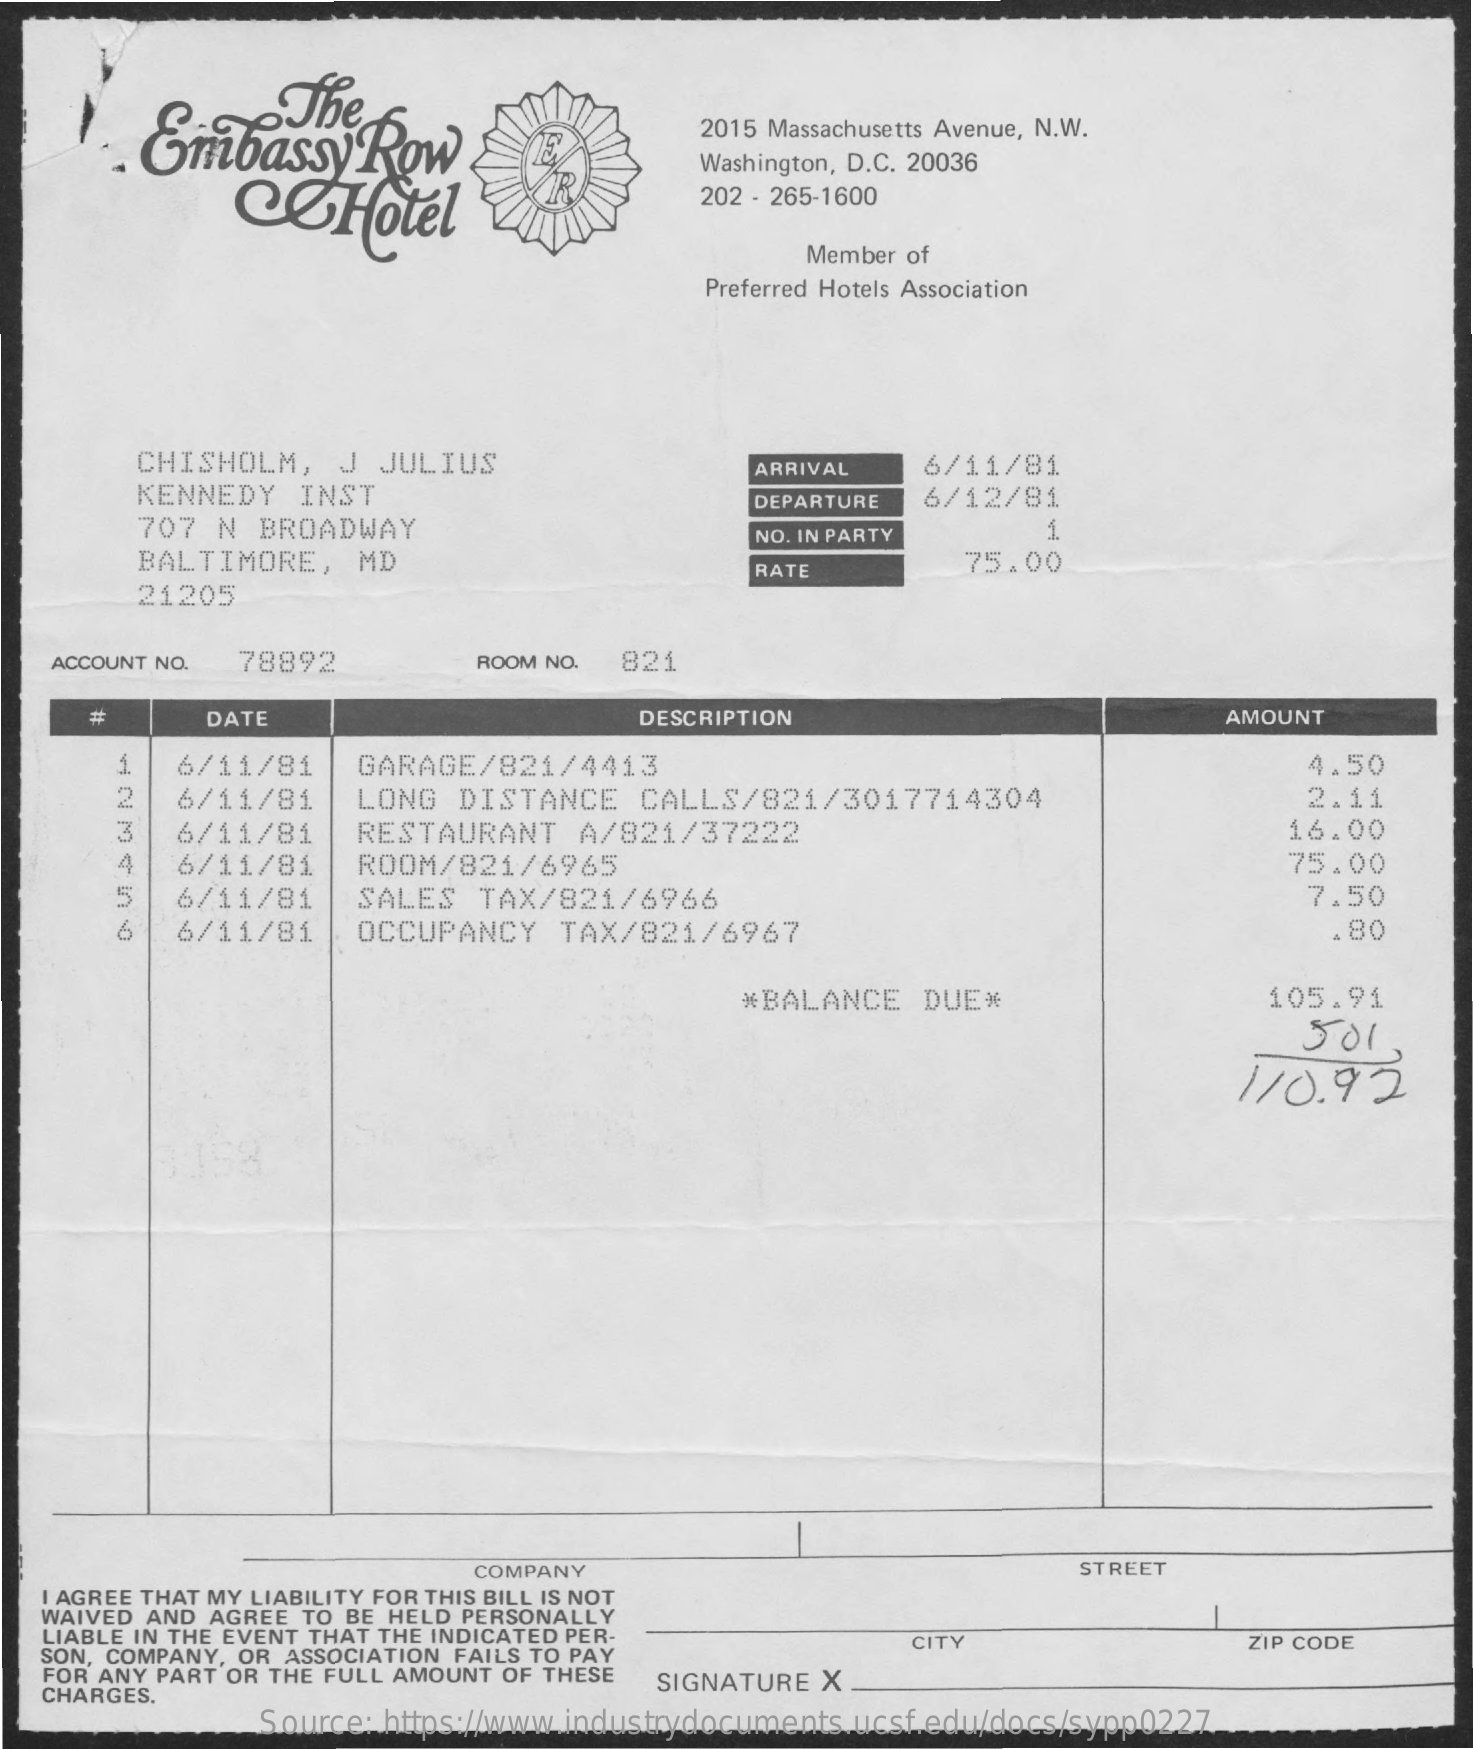
The . Embassy Row
     2015 Massachusetts Avenue, N.W.
     COHotel
     Washington, D.C. 20036
     202 - 265-1600
     Member of
     Preferred Hotels Association
     CHISHOLM,   J  JULIUS    ARRIVAL    6/11/81
     KENNEDY   INST    DEPARTURE
     707 N  BROADWAY
     6/12/81
     BALTIMORE,   MD
     NO. IN PARTY    1.
     21205
     RATE
     75.00
    ACCOUNT NO. 78892    ROOM NO. 821
     DATE    DESCRIPTION    AMOUNT
     6/11/81    GARAGE/821/4413    4.50
     6/11/81    LONG  DISTANCE    CALLS/821/3017714304    2.11
     3  6/11/81    RESTAURANT    A/821/37222    16.00
     4   6/11/81    ROOM/821/6965    75.00
     5   6/11/81    SALES   TAX/821/6966    7.50
     6/11/81    OCCUPANCY    TAX/821/6967    .80
     *BALANCE   DUE*    105.91
     501.
     110.92
     COMPANY    STREET
   I AGREE THAT MY LIABILITY FOR THIS BILL IS NOT
   WAIVED AND AGREE TO BE HELD PERSONALLY
   LIABLE IN THE EVENT THAT THE INDICATED PER-
   SON, COMPANY, OR ASSOCIATION FAILS TO PAY
     CITY    ZIP CODE
   FOR ANY PART OR THE FULL AMOUNT OF THESE
   CHARGES.
     SIGNATURE X
     Source: https://www.industrydocuments.ucsf.edu/docs/sypp0227